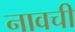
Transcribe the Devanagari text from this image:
नावची